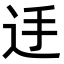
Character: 𨑲